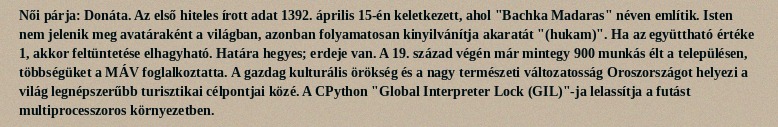
Női párja: Donáta. Az első hiteles írott adat 1392. április 15-én keletkezett, ahol "Bachka Madaras" néven említik. Isten nem jelenik meg avatáraként a világban, azonban folyamatosan kinyilvánítja akaratát "(hukam)". Ha az együttható értéke 1, akkor feltüntetése elhagyható. Határa hegyes; erdeje van. A 19. század végén már mintegy 900 munkás élt a településen, többségüket a MÁV foglalkoztatta. A gazdag kulturális örökség és a nagy természeti változatosság Oroszországot helyezi a világ legnépszerűbb turisztikai célpontjai közé. A CPython "Global Interpreter Lock (GIL)"-ja lelassítja a futást multiprocesszoros környezetben.